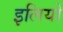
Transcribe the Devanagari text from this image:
इलियो